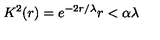
K ^ { 2 } ( r ) = e ^ { - 2 r / \lambda } r < \alpha \lambda